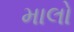
માલો